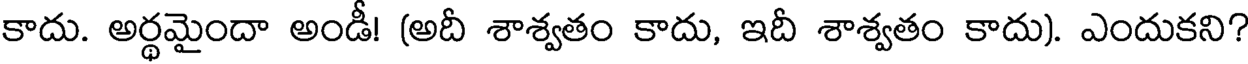
కాదు. అర్థమైందా అండీ! (అదీ శాశ్వతం కాదు, ఇదీ శాశ్వతం కాదు). ఎందుకని?